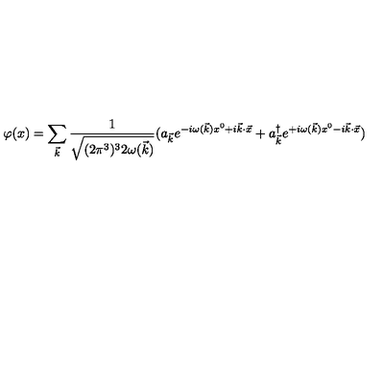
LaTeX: \varphi ( x ) = \sum _ { { \vec { k } } } { \frac { 1 } { \sqrt { ( 2 \pi ^ { 3 } ) ^ { 3 } 2 \omega ( { \vec { k } } ) } } } ( a _ { { \vec { k } } } e ^ { - i \omega ( { \vec { k } } ) x ^ { 0 } + i { \vec { k } } \cdot { \vec { x } } } + a _ { { \vec { k } } } ^ { \dag } e ^ { + i \omega ( { \vec { k } } ) x ^ { 0 } - i { \vec { k } } \cdot { \vec { x } } } )